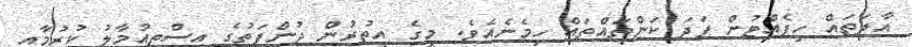
އާދަތައް ހިފެއްޓުން ފަދަ ކަންތައްތައް ހިމެނެއެވެ. މީގެ އިތުރުން ދުންފަތުގެ އިސްތިއުމާލު ކުރުމާއި